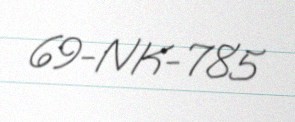
69-NK-785